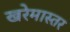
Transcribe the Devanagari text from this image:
खरेमास्तर